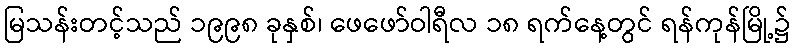
မြသန်းတင့်သည် ၁၉၉၈ ခုနှစ်၊ ဖေဖော်ဝါရီလ ၁၈ ရက်နေ့တွင် ရန်ကုန်မြို့၌